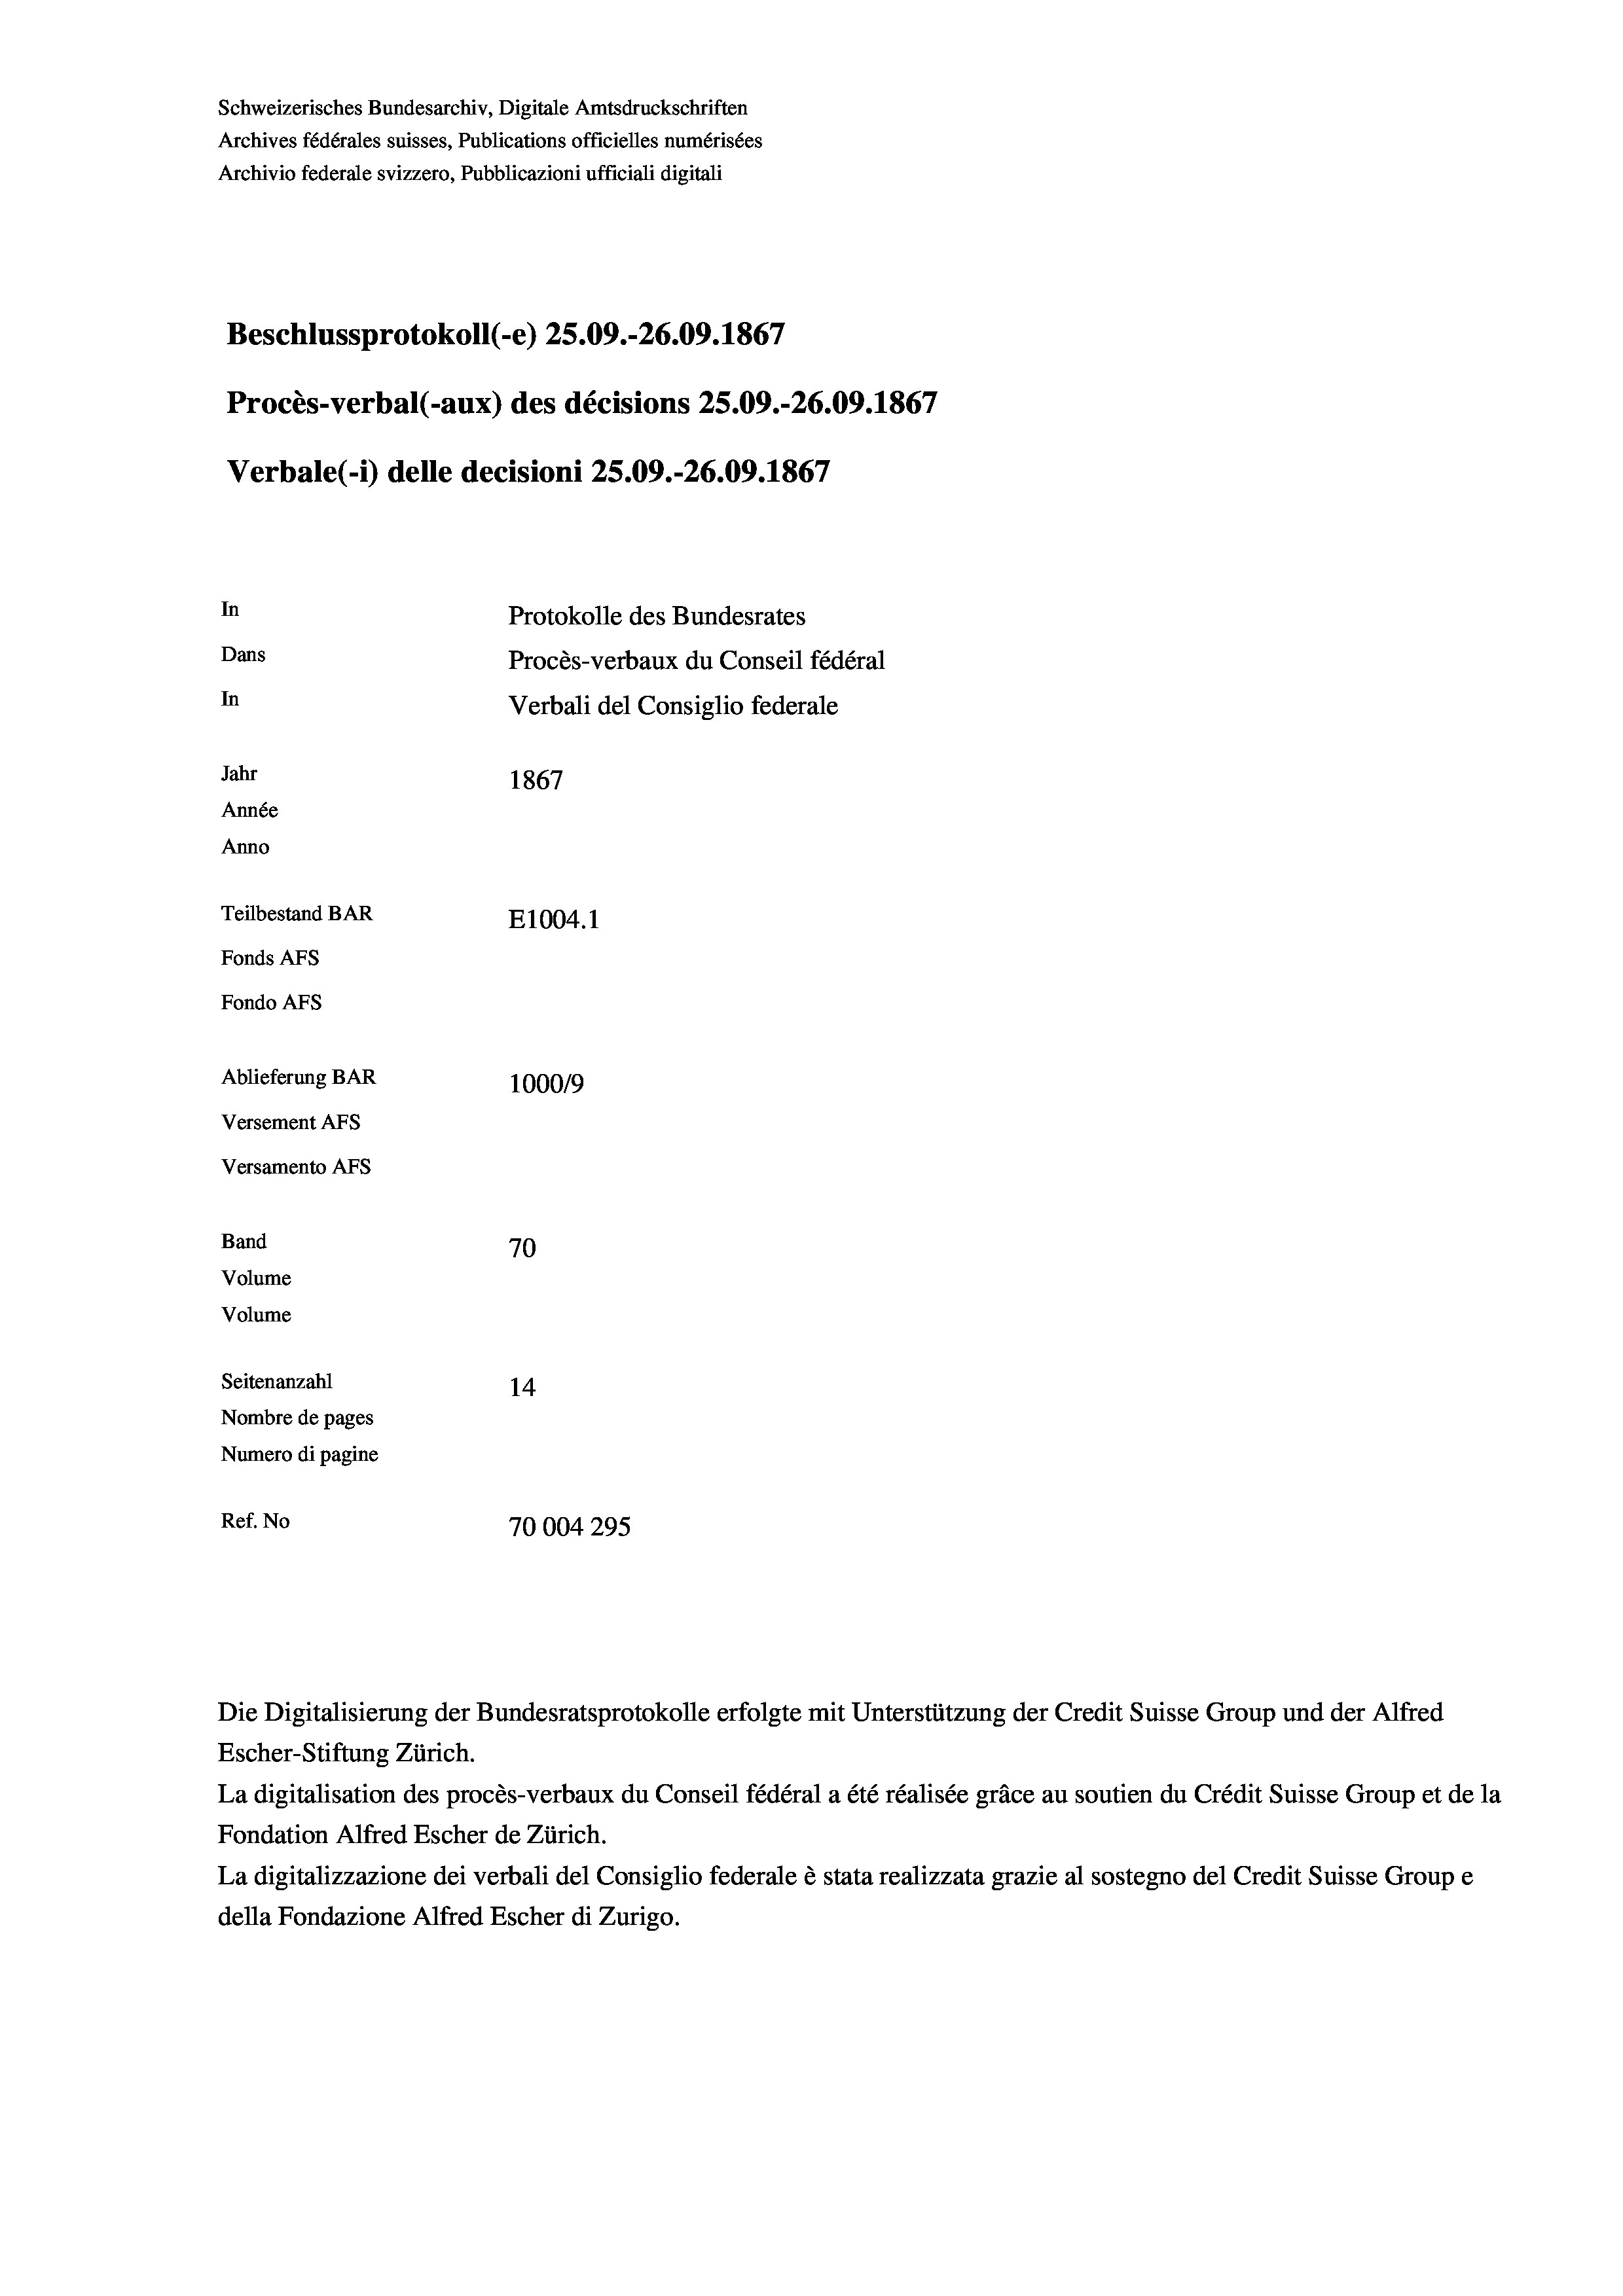
Schweizerisches Bundesarchiv, Digitale Amtsdruckschriften
Archives fédérales suisses, Publications officielles numérisées
Archivio federale svizzero, Pubblicazioni ufficiali digitali
Beschlussprotokoll (-e) 25.09.-26.09. 1867
Procès-verbal (-aux) des décisions 25.09.-26.09. 1867
Verbale(-*) delle decisioni 25.09.-26.09. 1867
In
Protokolle des Bundesrates
Dans
Procès-verbaux du Conseil fédéral
In
Verbali del Consiglio federale
Jahr
1867
Année
Anno
Teilbestand BAR
E1004.1
Fonds AFs
Fondo AFS
Ablieferung BAR
100019
Versement AFs
Versamento AFs

70
14
Nombre de pages
Numero di pagine
Ref. No
70004295

Band
Volume

Volume
Seitenanzahl

Escher-Stiftung Zürich.
La digitalisation des procès-verbaux du Conseil fédéral a été réalisée gräce au soutien du Crédit Suisse Group et de la
Fondation Alfred Escher de Zürich.
La digitalizzazione dei verbali del Consiglio federale è stata realizzata grazie al sostegno del Credit Suisse Groupe
della Fondazione Alfred Escher di Zurigo.

Die Digitalisierung der Bundesratsprotokolle erfolgte mit Unterstützung der Credit Suisse Group und der Alfred